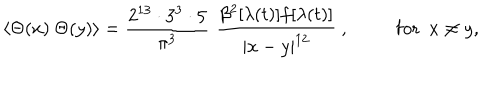
LaTeX: \langle \Theta ( x ) \ \Theta ( y ) \rangle = { \frac { 2 ^ { 1 3 } \cdot 3 ^ { 3 } \cdot 5 } { \pi ^ { 3 } } } \, \, \frac { \beta ^ { 2 } [ \lambda ( t ) ] f [ \lambda ( t ) ] } { | x - y | ^ { 1 2 } } ~ , ~ \mathrm { f o r } ~ ~ x \neq y ,